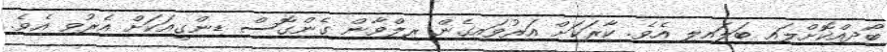
ބޯދިއްކޮށްލައި ބަލައިލި އެވެ. ކާރަކަށް އަރުވައިގެން ރިލްވާން ގެންގޮސް ޑިންގީއަކަށް އެރުވި އެވެ.